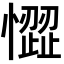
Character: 𢡉